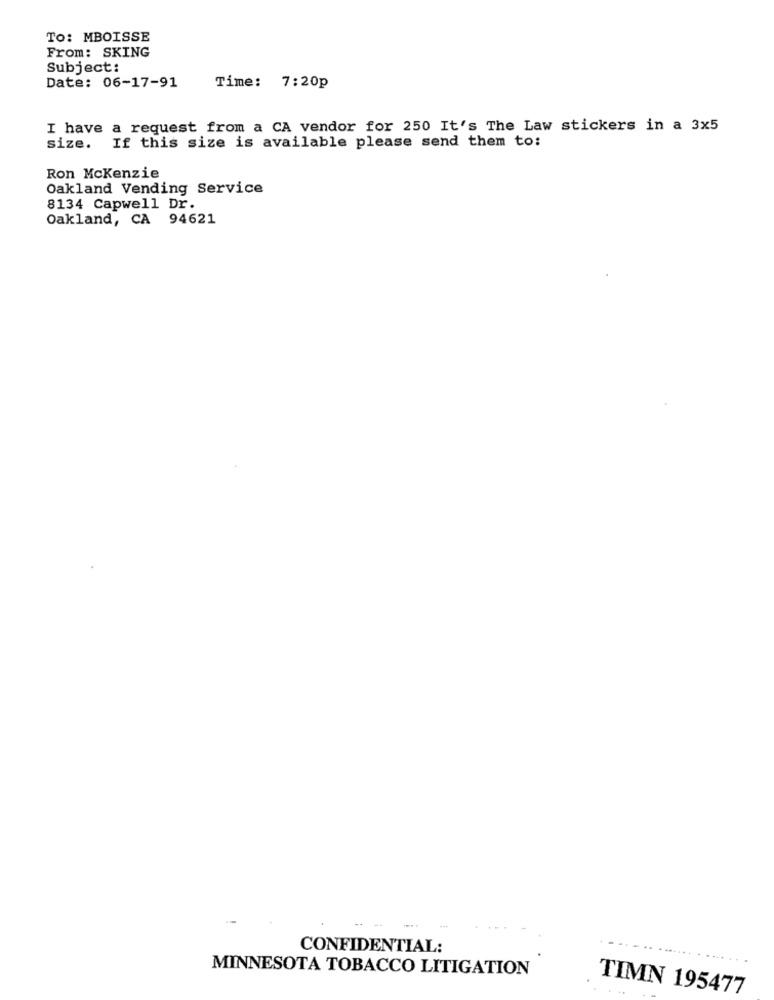
To: MBOISSE
From: SKING
Subject:
Date: 06-17-91
Time: 7:20p
I have a request from a CA vendor for 250 It's The Law stickers in a 3x5
If this size is available please send them to:
size.
Ron Mckenzie
Oakland Vending Service
8134 Capwell Dr.
Oakland, CA 94621
CONFIDENTIAL:
....
MINNESOTA TOBACCO LITIGATION
TIMN 195477